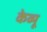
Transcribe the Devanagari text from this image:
केव्यू